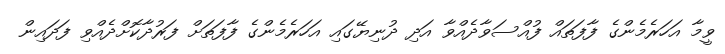
ވީމާ އަހަރެމެންގެ ފާފަތައް ފުއްސަވާދެއްވާ އަދި ދުނިޔޭގައި އަހަރެމެންގެ ފާފަތަށް ފަރުދާކޮށްދެއްވި ފަދައިން